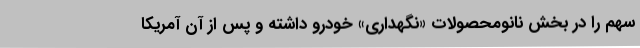
سهم را در بخش نانومحصولات «نگهداری» خودرو داشته و پس از آن آمریکا